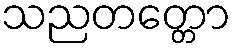
သညတတ္တော